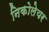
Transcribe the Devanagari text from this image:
निकोलेयर